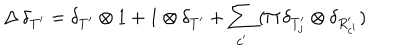
\Delta \, \delta _ { T ^ { \prime } } = \delta _ { T ^ { \prime } } \otimes 1 + 1 \otimes \delta _ { T ^ { \prime } } + \sum _ { c ^ { \prime } } \, ( \Pi \, \delta _ { T _ { j } ^ { \prime } } \otimes \delta _ { R _ { c ^ { \prime } } ^ { \prime } } )